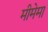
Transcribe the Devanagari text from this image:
मीमेमा